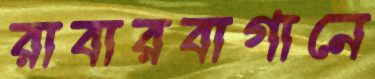
রাবারবাগানে